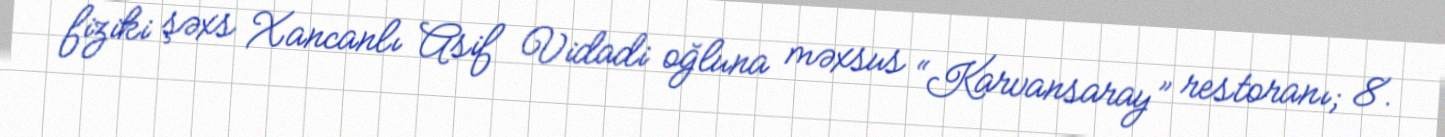
fiziki şəxs Xancanlı Asif Vidadi oğluna məxsus “Karvansaray” restoranı; 8.